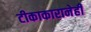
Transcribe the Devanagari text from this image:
टीकाकारानेही